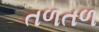
તળતળ